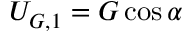
U _ { G , 1 } = G \cos { \alpha }